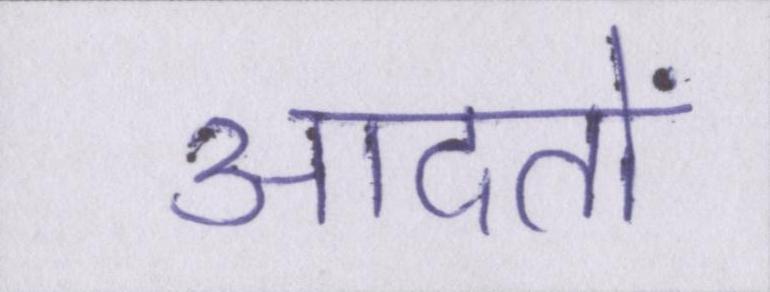
आदतों